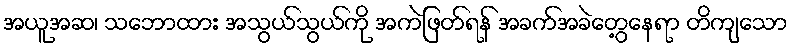
အယူအဆ၊ သဘောထား အသွယ်သွယ်ကို အကဲဖြတ်ရန် အခက်အခဲတွေ့နေရာ တိကျသော